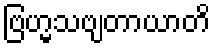
ဗြဟ္မသဗျတာယာတိ